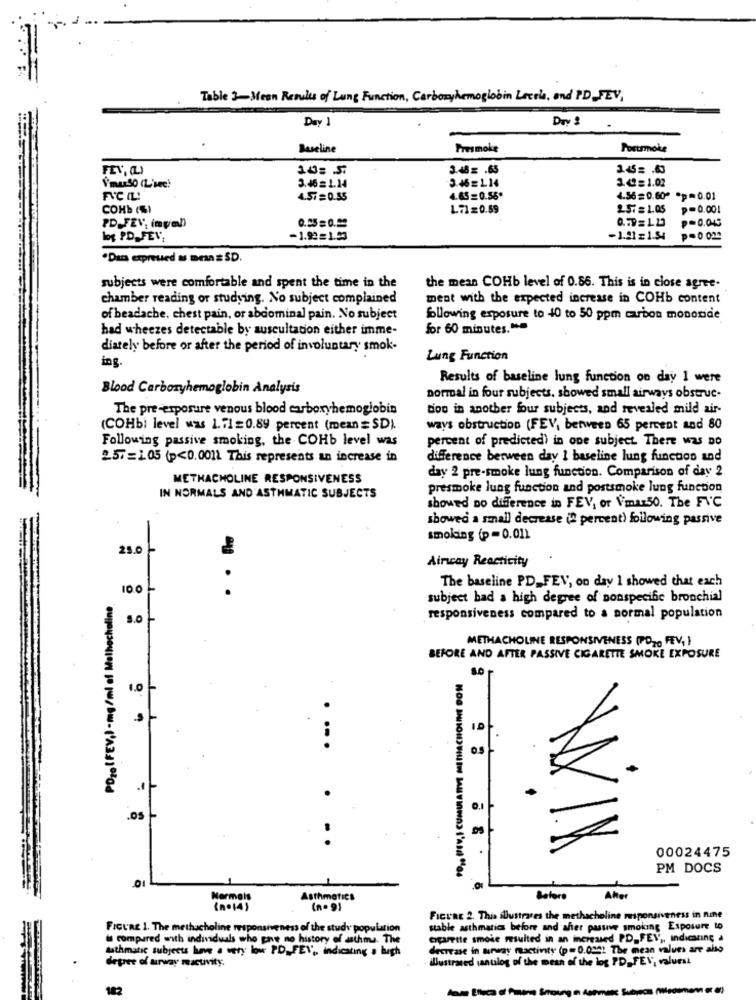
Table 3-Mean Results of Lung Function, Carboryhemoglobin Leerla, and PD_FEV,
Day 1
Drv 2
Baseline
Presmoke
Portsmoke
FEV, (L)
10: 5.
3.48 = . 65
3.45 = . 60
3.46=L14
3.4= 1.02
Vmurs0 (L'sec!
3.46= 1.14
FVC IL:
4.57=0.55
4.65= 0.56º
4.56=0.600 *p =0.01
COHb (SI
L7=0.59
257 = 1.05
p=0.001
0.55 = 0.29
0.79= 1 23
P=0.045
PD FEV, (npal)
log PD_ FEV,
-1.92=1.53
-1.21= 1.54
p=0.024
·Dan expreused as mes = SD.
subjects were comfortable and spent the time in the
the mean COHb level of 0.86. This is in close agree.
chamber reading or studying. No subject complained
ment with the expected increase in COHb content
of beadache, chest pain, or abdominal pain. No subject
following exposure to 40 to 50 ppm carbon monoxide
had wheezes detectable by auscultation either imme-
for 60 minutes.">
diately before or after the period of involuntary smok-
ing
Lung Function
Results of baseline lung function on day 1 were
Blood Carboxyhemoglobin Analysis
normal in four subjects. showed small airways obstruc-
The pre-exposure venous blood carboxyhemoglobin
too in another four subjects, and revealed mild air-
(COHbi level was 1.71=0.89 percent (mean = SD).
ways obstruction (FEV, between 65 percent and 80
Following passive smoking, the COHb level was
percent of predicted) in one subject. There was DO
257=105 (p<0.001) This represents an increase in
difference between day 1 baseline lung function and
METHACHOLINE RESPONSIVENESS
day 2 pre-smoke lung function. Comparison of day 2
presmoke lung function and postsmoke lung function
IN NORMALS AND ASTHMATIC SUBJECTS
showed no diference in FEV, or Vimax50. The FVC
showed a small decrease (" percent) following passive
smoking (p=0.01)
25.0-
Aincay Reactivity
10.0 -
The baseline PD_ FEV, on day I showed that each
POzo(FEV,) -mg/ml of Malhacholine
subject bad a high degree of nonspecific bronchial
sot
responsiveness compared to a normal population
METHACHOLINE RESPONSIVENESS (PO20 FEV, )
BEFORE AND AFTER PASSIVE CIGARETTE SMOKE EXPOSURE
50
1.0
0,1
.os
00024475
PM DOCS
Normais
Asthmatics
Before
Aho
(nº14)
(n . 9)
Fictac 2. This illustrates the methacholine responsiveness in nine
FIGURE 1. The methacholine responsiveness of the study population
stable asthmatics before and sher pasuve smoking Exposure to
is compared with individuals who gave no history of asthma. The
cigarette smoke resulted in an increased PD, FEV ,, indicating à
authmatic subjects have a very low PD, FEV ,, indicating a hugh
decrease in airway mactivity (p=0.0301 The mean values are also
degree of arway reactivity.
illustrated (antilog of the mean of the log PD, FEV, valuesi
182